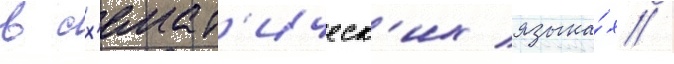
в сх'емат'ическ'их языка́х /